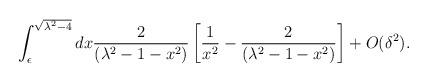
LaTeX: \begin{align*}\int_\epsilon^{\sqrt{\lambda^2 - 4}}{dx{2\over \left(\lambda^2 - 1 - x^2 \right) } \left[{1 \over x^2} - {2 \over\left(\lambda^2 - 1 - x^2\right) }\right]}+ O(\delta^2).\end{align*}